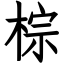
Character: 棕